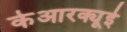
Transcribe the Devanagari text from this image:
केआरक्यूई